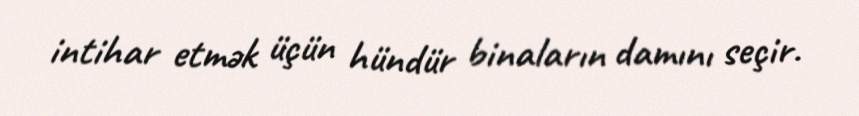
intihar etmək üçün hündür binaların damını seçir.